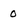
Character: 0